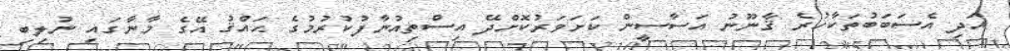
އަދި އެސަބަބުތަކާހުރެ ޤާނޫނު އަސާސީން ކަށަވަރުކޮށްދޭ އިސްތިއުނާފުކުރުމުގެ ޙައްޤު އޭގެ މާނާގައި ނުލިބި